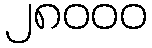
၂၈၀၀၀